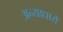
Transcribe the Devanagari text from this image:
अन्याधारों